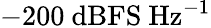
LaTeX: -200~\mathrm{dBFS}~\mathrm{Hz}^{-1}